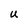
Character: U